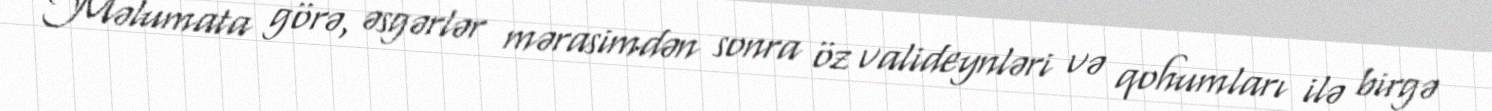
Məlumata görə, əsgərlər mərasimdən sonra öz valideynləri və qohumları ilə birgə